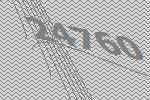
24760